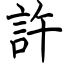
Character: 許